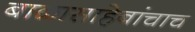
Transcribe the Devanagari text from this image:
बाळासाहेबांचाच